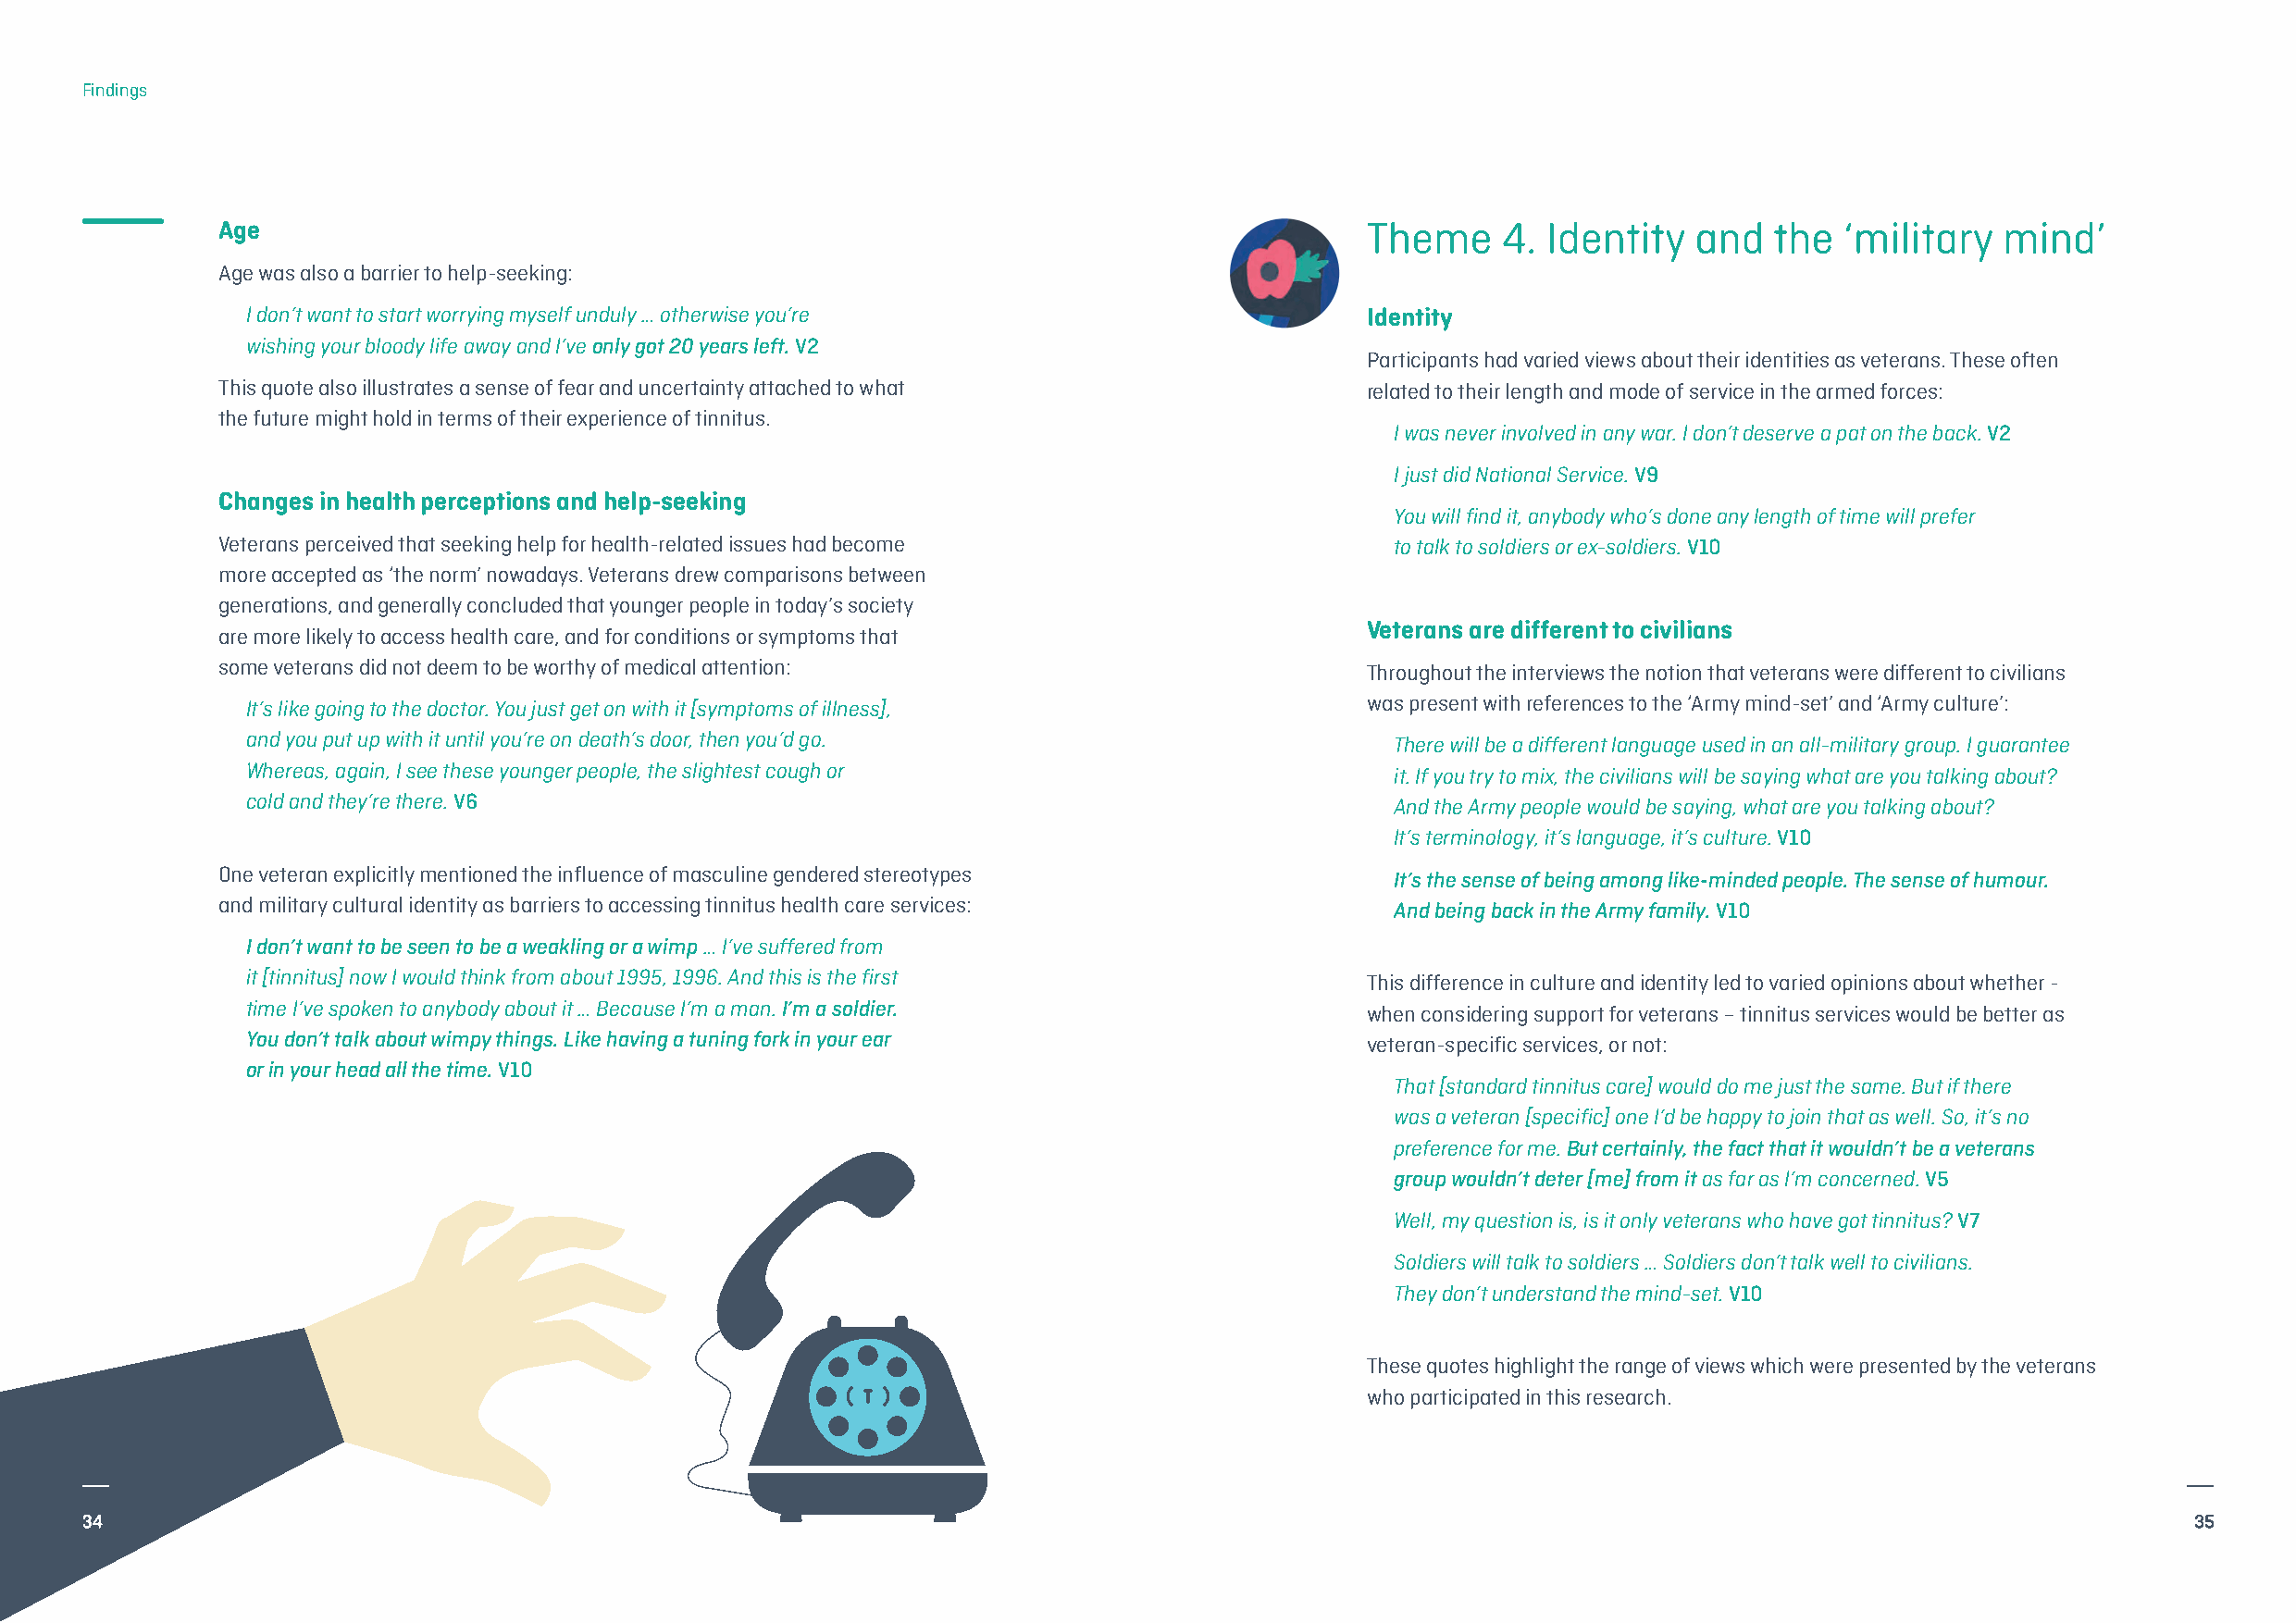
Findings
 Age                                                                               Theme    4.  Identity  and   the  ‘military  mind’
 Age was also a barrier to help-seeking:
 I don’t want to start worrying myself unduly … otherwise you’re                 Identity
 wishing your bloody life away and I’ve only got 20 years left. V2
 Participants had varied views about their identities as veterans. These often
 This quote also illustrates a sense of fear and uncertainty attached to what      related to their length and mode of service in the armed forces:
 the future might hold in terms of their experience of tinnitus.
 I was never involved in any war. I don’t deserve a pat on the back. V2
 I just did National Service. V9
 Changes in health perceptions and help-seeking
 You will find it, anybody who’s done any length of time will prefer
 Veterans perceived that seeking help for health-related issues had become           to talk to soldiers or ex-soldiers. V10
 more accepted as ‘the norm’ nowadays. Veterans drew comparisons between
 generations, and generally concluded that younger people in today’s society
 Veterans are different to civilians
 are more likely to access health care, and for conditions or symptoms that
 some veterans did not deem to be worthy of medical attention:                     Throughout the interviews the notion that veterans were different to civilians
 It’s like going to the doctor. You just get on with it [symptoms of illness],   was present with references to the ‘Army mind-set’ and ‘Army culture’:
 and you put up with it until you’re on death’s door, then you’d go.               There will be a different language used in an all-military group. I guarantee
 Whereas, again, I see these younger people, the slightest cough or                it. If you try to mix, the civilians will be saying what are you talking about?
 cold and they’re there. V6                                                        And the Army people would be saying, what are you talking about?
 It’s terminology, it’s language, it’s culture. V10
 One veteran explicitly mentioned the influence of masculine gendered stereotypes    It’s the sense of being among like-minded people. The sense of humour.
 and military cultural identity as barriers to accessing tinnitus health care services: And being back in the Army family. V10
 I don’t want to be seen to be a weakling or a wimp… I’ve suffered from
 it [tinnitus] now I would think from about 1995, 1996. And this is the first    This difference in culture and identity led to varied opinions about whether -
 time I’ve spoken to anybody about it … Because I’m a man.I’m a soldier.         when considering support for veterans – tinnitus services would be better as
 You don’t talk about wimpy things. Like having a tuning fork in your ear        veteran-specific services, or not:
 or in your head all the time. V10
 That [standard tinnitus care] would do me just the same. But if there
 was a veteran [specific] one I’d be happy to join that as well. So, it’s no
 preference for me. But certainly, the fact that it wouldn’t be a veterans
 group wouldn’t deter [me] from itas far as I’m concerned. V5
 Well, my question is, is it only veterans who have got tinnitus? V7
 Soldiers will talk to soldiers … Soldiers don’t talk well to civilians.
 They don’t understand the mind-set. V10
 These quotes highlight the range of views which were presented by the veterans
 who participated in this research.
 34                                                                                                                                                     35